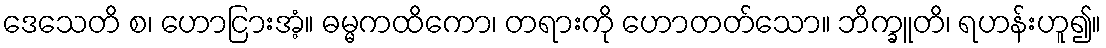
ဒေသေတိ စ၊ ဟောငြားအံ့။ ဓမ္မကထိကော၊ တရားကို ဟောတတ်သော။ ဘိက္ခူတိ၊ ရဟန်းဟူ၍။